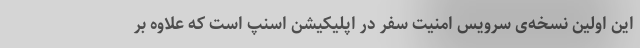
این اولین نسخه‌ی سرویس امنیت سفر در اپلیکیشن اسنپ است که علاوه بر